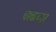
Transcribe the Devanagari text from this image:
चाकयार